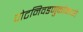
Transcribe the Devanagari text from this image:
पोटनिवडणुकांमध्ये